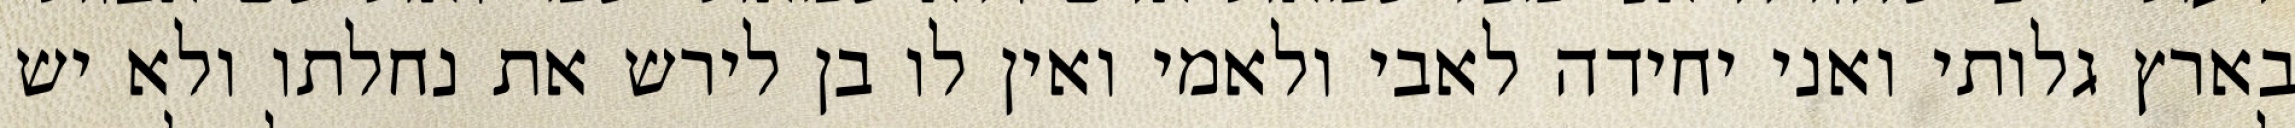
בארץ גלותי ואני יחידה לאבי ולאמי ואין לו בן לירש את נחלתו ולא יש